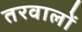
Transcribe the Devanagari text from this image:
तरवालों